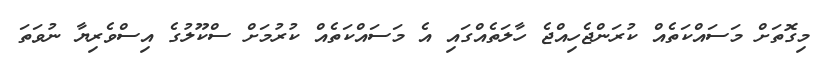
މިގޮތަށް މަސައްކަތެއް ކުރަންޖެހިއްޖެ ހާލަތެއްގައި އެ މަސައްކަތެއް ކުރުމަށް ސްކޫލުގެ އިސްވެރިޔާ ނުވަތަ